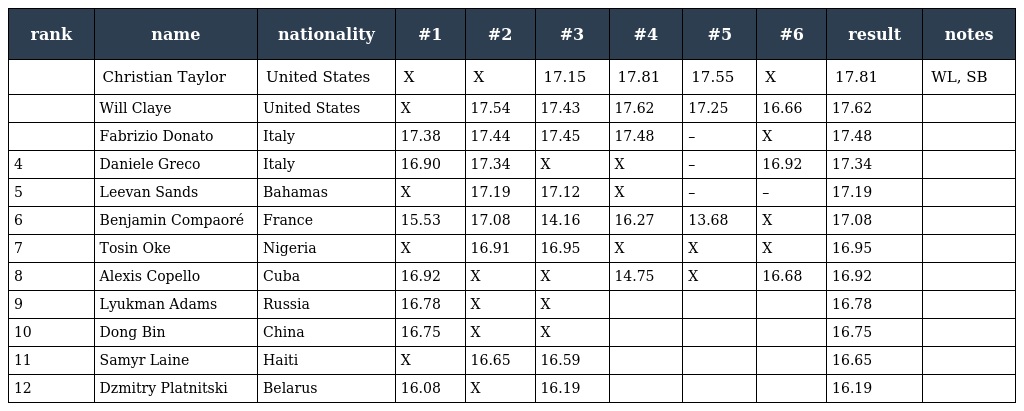
| rank | name | nationality | #1 | #2 | #3 | #4 | #5 | #6 | result | notes |
 | --- | --- | --- | --- | --- | --- | --- | --- | --- | --- | --- |
 |  | Christian Taylor | United States | X | X | 17.15 | 17.81 | 17.55 | X | 17.81 | WL, SB |
 |  | Will Claye | United States | X | 17.54 | 17.43 | 17.62 | 17.25 | 16.66 | 17.62 |  |
 |  | Fabrizio Donato | Italy | 17.38 | 17.44 | 17.45 | 17.48 | – | X | 17.48 |  |
 | 4 | Daniele Greco | Italy | 16.90 | 17.34 | X | X | – | 16.92 | 17.34 |  |
 | 5 | Leevan Sands | Bahamas | X | 17.19 | 17.12 | X | – | – | 17.19 |  |
 | 6 | Benjamin Compaoré | France | 15.53 | 17.08 | 14.16 | 16.27 | 13.68 | X | 17.08 |  |
 | 7 | Tosin Oke | Nigeria | X | 16.91 | 16.95 | X | X | X | 16.95 |  |
 | 8 | Alexis Copello | Cuba | 16.92 | X | X | 14.75 | X | 16.68 | 16.92 |  |
 | 9 | Lyukman Adams | Russia | 16.78 | X | X |  |  |  | 16.78 |  |
 | 10 | Dong Bin | China | 16.75 | X | X |  |  |  | 16.75 |  |
 | 11 | Samyr Laine | Haiti | X | 16.65 | 16.59 |  |  |  | 16.65 |  |
 | 12 | Dzmitry Platnitski | Belarus | 16.08 | X | 16.19 |  |  |  | 16.19 |  |